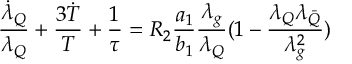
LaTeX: \frac { { \dot { \lambda } } _ { Q } } { \lambda _ { Q } } + \frac { { 3 \dot { T } } } { T } + \frac { 1 } { \tau } = R _ { 2 } \frac { a _ { 1 } } { b _ { 1 } } \frac { \lambda _ { g } } { \lambda _ { Q } } ( 1 - \frac { \lambda _ { Q } \lambda _ { \bar { Q } } } { \lambda _ { g } ^ { 2 } } )